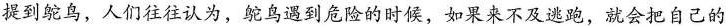
提到鸵鸟，人们往往认为，鸵鸟遇到危险的时候，如果来不及逃跑，就会把自己的